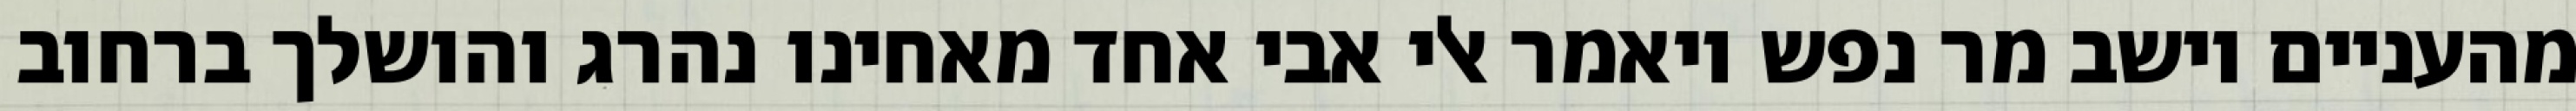
מהעניים וישב מר נפש ויאמר אלי אבי אחד מאחינו נהרג והושלך ברחוב